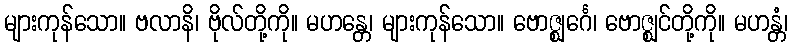
များကုန်သော။ ဗလာနိ၊ ဗိုလ်တို့ကို။ မဟန္တေ၊ များကုန်သော။ ဗောဇ္ဈင်္ဂေ၊ ဗောဇ္ဈင်တို့ကို။ မဟန္တံ၊